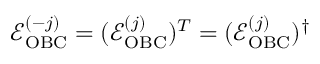
\begin{array} { r } { \mathcal { E } _ { \mathrm { O B C } } ^ { ( - j ) } = ( \mathcal { E } _ { \mathrm { O B C } } ^ { ( j ) } ) ^ { T } = ( \mathcal { E } _ { \mathrm { O B C } } ^ { ( j ) } ) ^ { \dag } } \end{array}